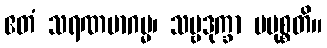
ဧတံ သရဏမာဂမ္မ၊ သဗ္ဗဒုက္ခာ ပမုစ္စတိ။